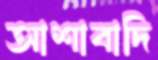
আশাবাদি